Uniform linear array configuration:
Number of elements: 48
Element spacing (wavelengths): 0.25
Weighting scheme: hamming
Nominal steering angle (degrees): -60
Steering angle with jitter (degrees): -60.271
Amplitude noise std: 0.05
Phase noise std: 0.05

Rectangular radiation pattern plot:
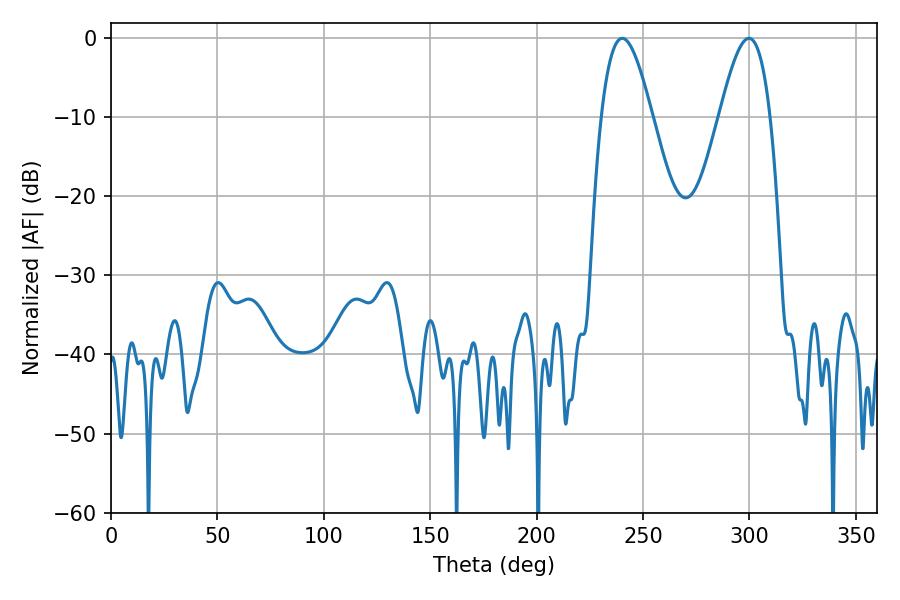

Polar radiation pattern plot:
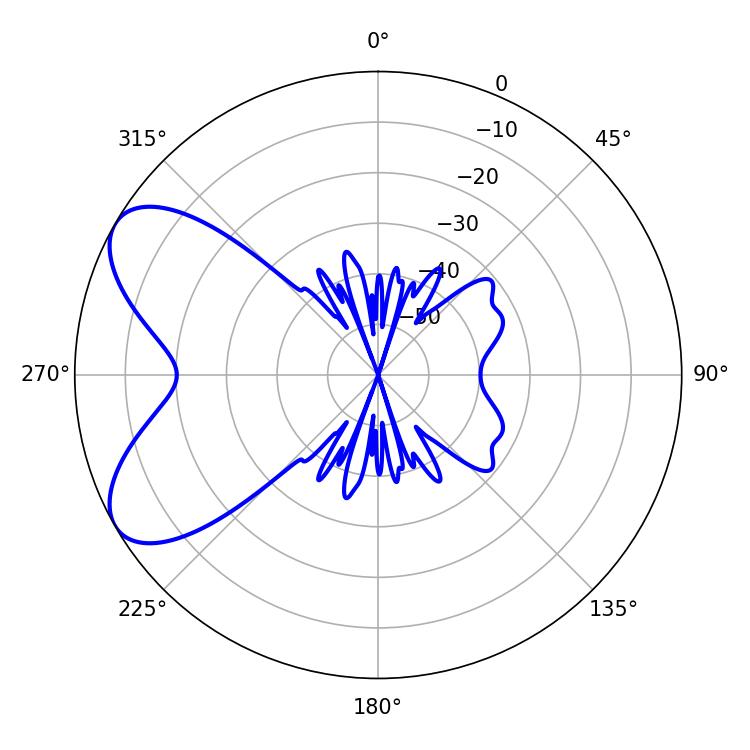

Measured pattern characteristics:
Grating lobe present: FALSE
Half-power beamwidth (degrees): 12.96
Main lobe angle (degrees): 240.3